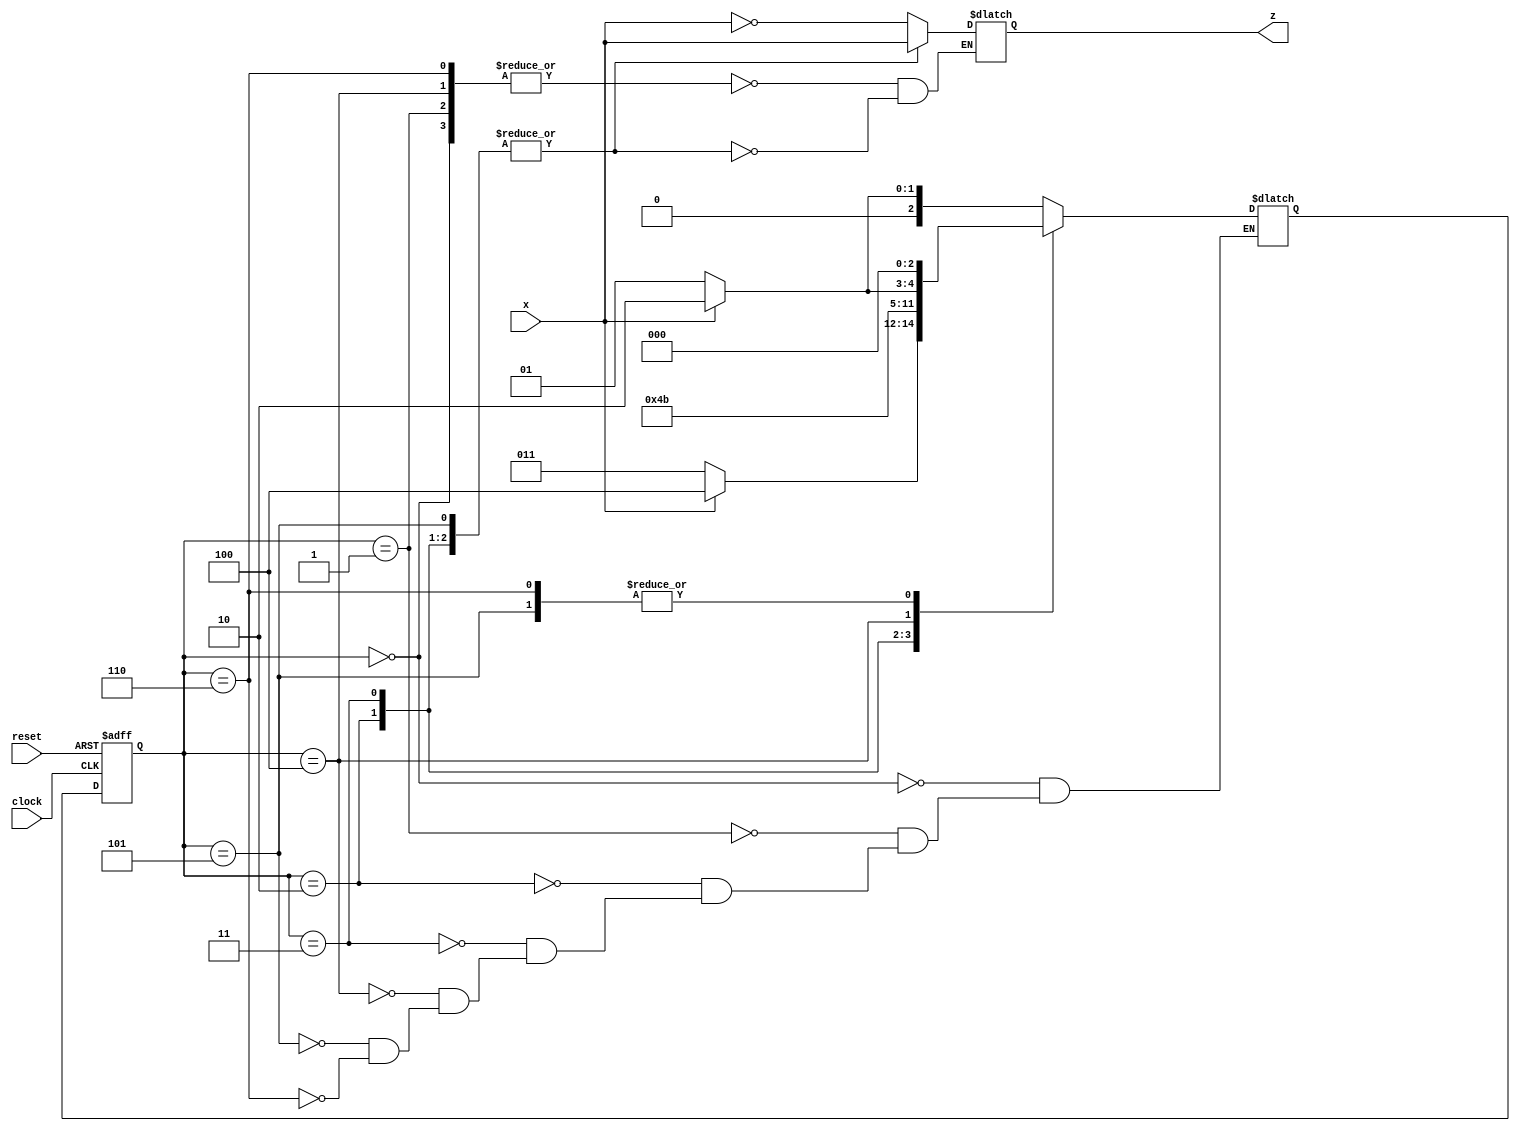
module Lab3_BCD_to_Excess3_state_diagram(output reg z, input x, clock, reset);
	
	parameter S0 = 3'b000, S1 = 3'b001, S2 = 3'b010, S3 = 3'b011;
	parameter S4 = 3'b100, S5 = 3'b101, S6 = 3'b110;

	reg [2:0] now_state, nxt_state;

	always @(posedge clock, negedge reset) 
		if (reset == 1'b0) now_state <= S0;
		else now_state <= nxt_state;

	always @(*)
		case (now_state)
			S0: if (x) nxt_state = S2; else nxt_state = S1;
			S1: if (x) nxt_state = S4; else nxt_state = S3;
			S2: if (x) nxt_state = S4; else nxt_state = S4;
			S3: if (x) nxt_state = S5; else nxt_state = S5;
			S4: if (x) nxt_state = S6; else nxt_state = S5;
			S5: if (x) nxt_state = S0; else nxt_state = S0;
			S6: if (x) nxt_state = S0; else nxt_state = S0;
		endcase

	always @(now_state, x)
		case (now_state)
			S0, S1, S4, S6: z = ~x;
			S2, S3, S5: z = x;
		endcase
		

endmodule